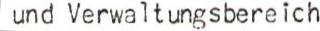
und Verwaltungsbereich